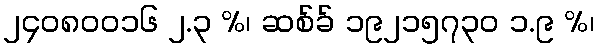
၂၄၀၈၀၀၁၆ ၂.၃ %၊ ဆစ်ခ် ၁၉၂၁၅၇၃၀ ၁.၉ %၊